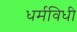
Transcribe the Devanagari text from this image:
धर्मविधी